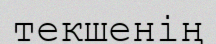
текшенің